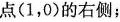
点(1，0)的右侧；